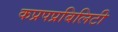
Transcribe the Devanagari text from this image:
कप्रपप्रबिलिटी